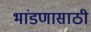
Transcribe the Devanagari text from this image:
भांडणासाठी